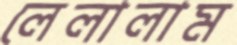
লেলালাম